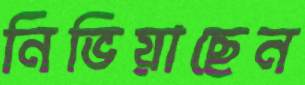
নিভিয়াছেন